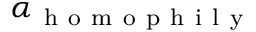
\alpha _ { \mathrm { ~ h ~ o ~ m ~ o ~ p ~ h ~ i ~ l ~ y ~ } }